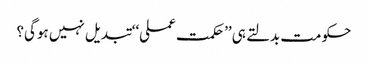
حکومت بدلتے ہی ’’حکمت عملی‘‘ تبدیل نہیں ہوگی؟